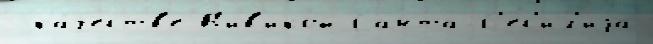
 ка́честв'е В'ив'икой Санта-С'ес'ил'иjа